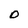
Character: O